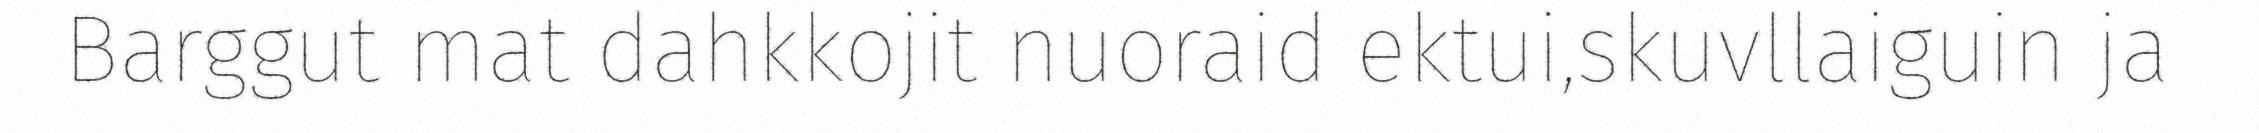
Barggut mat dahkkojit nuoraid ektui,skuvllaiguin ja